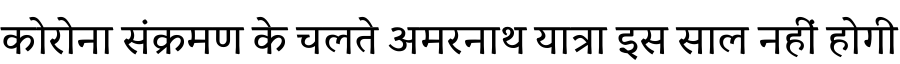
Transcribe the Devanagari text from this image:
कोरोना संक्रमण के चलते अमरनाथ यात्रा इस साल नहीं होगी